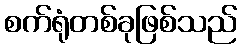
စက်ရုံတစ်ခုဖြစ်သည်